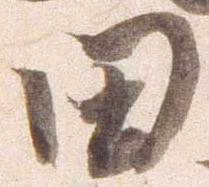
田